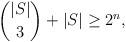
LaTeX: \begin{align*} \binom{|S|}{3} + |S| \geq 2^n,\end{align*}